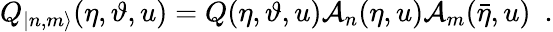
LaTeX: Q_{|n,m\rangle}(\eta,\vartheta,u)=Q(\eta,\vartheta,u)\mathcal{A}_{n}(\eta,u)\mathcal{A}_{m}(\bar{{\eta}},u)\, \, \, .